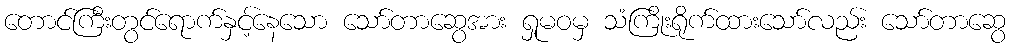
တောင်ကြီးတွင်ရောက်နှင့်နေသော သော်တာဆွေအား ရှုမဝမှ သံကြိုးရိုက်ထားသော်လည်း သော်တာဆွေ